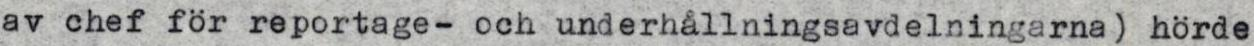
av chef för reportage- och underhållningsavdelningarna) hörde